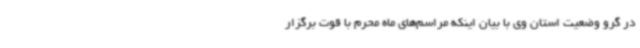
در گرو وضعیت استان وی با بیان اینکه مراسم‌های ماه محرم با قوت برگزار